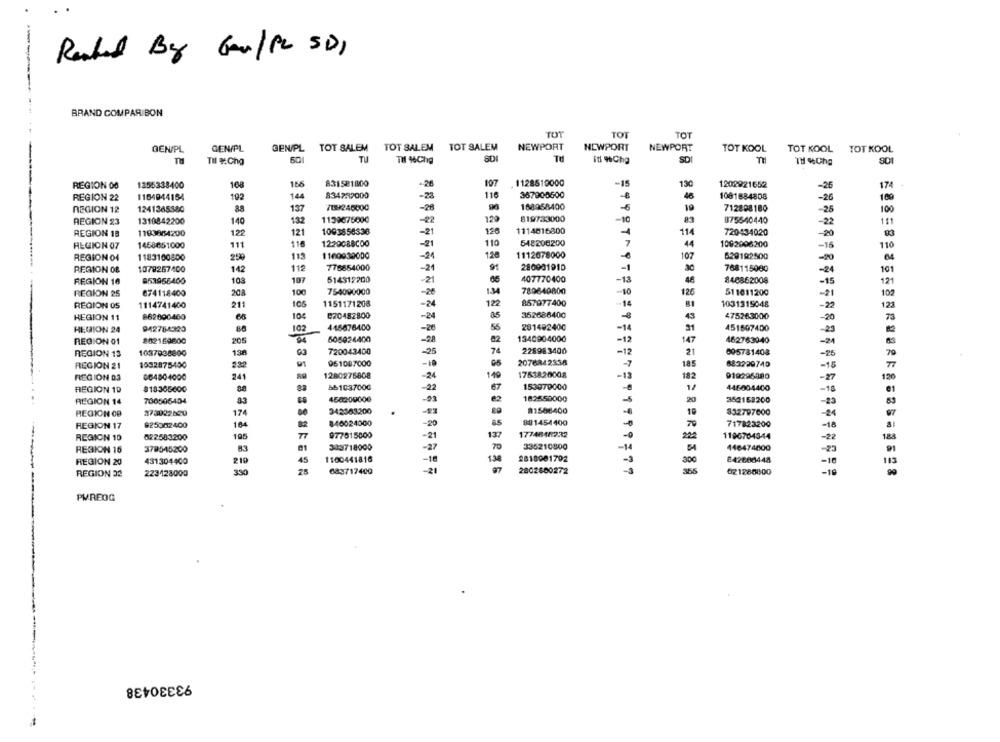
Renhed By Gov/PC SD)
BRAND COMPARIBON
TOT
TOT
TOT
GEN/PL
GEN/PL
GEN/PL
TOT SALEM TOT SALEM
TOT SALEM
NEWPORT
NEWPORT
NEWPORT
TOT KOOL
TOT KOOL
TOT KOOL
TH
60
TU
TI %Chg
SD
Td
iti 96Chg
SDI
TH
SD1
REGION 08
1255338400
108
156
831581800
-26
107
1128510000
-15
1202921652
174
834222000
116
367908500
-26
REGION 22
1164944154
192
144
-28
46
1081884808
-26
1241365880
88
137
709246000
-28
188958400
-6
19
712808180
100
REGION 12
-25
REGION 23
1310842200
140
132
1139075000
129
819733000
-10
875540440
-22
111
121
1093858336
-21
126
1114016800
114
REGION 18
1103864200
122
720434020
-20
REGION 07
1458651000
111
116
1229088COO
110
548206200
7
4
1092006200
110
-21
-15
REGION 04
1183100800
250
113
1160030000
-21
1.28
1112678000
107
629192500
-20
REGION 08
1078257400
115
776854000
-24
91
280981910
-1
768115000
101
142
-24
REGION 16
853956400
103
10
614312200
-21
65
407770400
-13
848862008
-15
754000000
REGION 25
674118400
208
100
-28
134
780640800
-10
126
511011200
-21
102
REGION OS
1114741400
211
106
1151171208
-24
122
857977400
-- 14
1031315048
-2
REGION 11
862090400
66
104
B20482800
-24
362686400
475263000
-20
102
445676400
55
281492400
451507400
REGION 24
942754320
-20
-14
-23
REGION 01
802169600
20
505924400
-28
82
134090-4000
-12
462763040
-21
REGION 13
1037038800
13
720043400
-25
74
228983400
-12
695781408
-25
230
91
951087000
-10
2076842836
18
683229740
REGION 21
1032875400
-16
REGION 03
064804000
241
1280275808
-24
14
17538.20008
-13
182
919295480
-27
120
661037000
67
153079000
REGION 19
818366000
-22
446004400
-18
REGION 14
700506-404
458209006
e2
182550000
20
362152200
-23
REGION 09
373022620
174
342363200
.
81586400
10
832797600
REGION 17
925302400
164
846024000
-20
85
881454400
717823200
REGION 10
022583200
195
77
977815000
-21
137
1774845232
22
1196704344
70
-22
REGION 16
379545200
83
333718000
-27
336210800
-14
446474800
-23
REGION 20
431304400
210
45
1100441816
-18
2818001792
300
842608448
-16
113
-
REGION 32
223128000
330
25
683717400
-21
2802800272
365
021286800
PMREOG
93330438